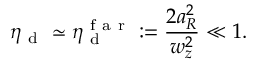
\eta _ { \mathrm { ~ d ~ } } \simeq \eta _ { \mathrm { ~ d ~ } } ^ { \mathrm { ~ f ~ a ~ r ~ } } : = \frac { 2 a _ { R } ^ { 2 } } { w _ { z } ^ { 2 } } \ll 1 .